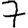
Digit: 7